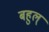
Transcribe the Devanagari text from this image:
बहुल्